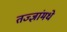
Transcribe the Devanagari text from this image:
तज्ज्ञांमधे